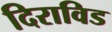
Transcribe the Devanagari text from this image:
दिराविड